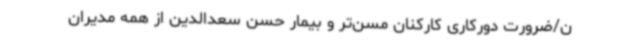
ن/ضرورت دورکاری کارکنان مسن‌تر و بیمار حسن سعدالدین از همه مدیران